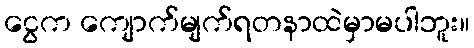
ငွေက ကျောက်မျက်ရတနာထဲမှာမပါဘူး။